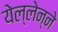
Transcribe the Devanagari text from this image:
येल्लेन्ने